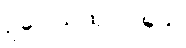
ဥပေါသထုပဝါသေ